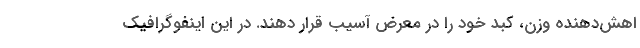
اهش‌دهنده وزن، کبد خود را در معرض آسیب قرار دهند. در این اینفوگرافیک